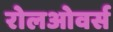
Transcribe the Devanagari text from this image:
रोलओवर्स